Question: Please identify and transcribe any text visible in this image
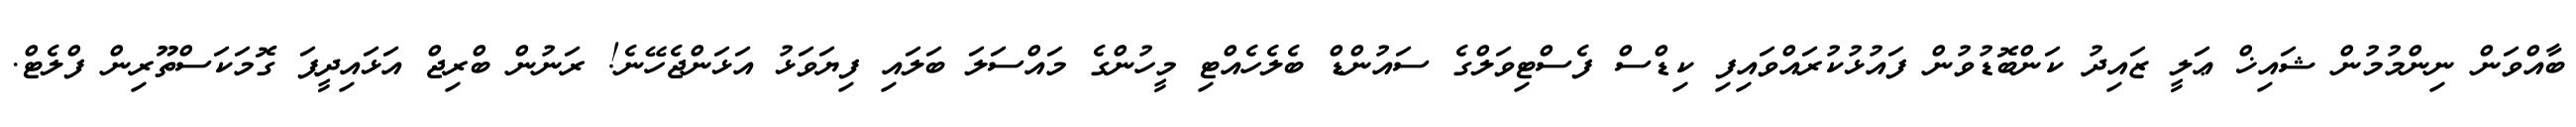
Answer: ބާއްވަން ނިންމުމުން ޝައިޚް ޢަލީ ޒައިދު ކަންބޮޑުވުން ފައުޅުކުރައްވައިފި ކިޑްސް ފެސްޓިވަލްގެ ސައުންޑް ބެލެހެއްޓި މީހުންގެ މައްސަލަ ބަލައި ފިޔަވަޅު އަޅަންޖެހޭނެ! ރަނުން ބްރިޖް އަޅައިދީފަ ގޮމަކަސްތޫރިން ފްލެޓް.